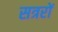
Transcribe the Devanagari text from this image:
सत्ररों